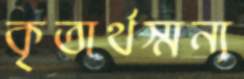
কৃতার্থস্মন্য